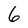
Character: 6